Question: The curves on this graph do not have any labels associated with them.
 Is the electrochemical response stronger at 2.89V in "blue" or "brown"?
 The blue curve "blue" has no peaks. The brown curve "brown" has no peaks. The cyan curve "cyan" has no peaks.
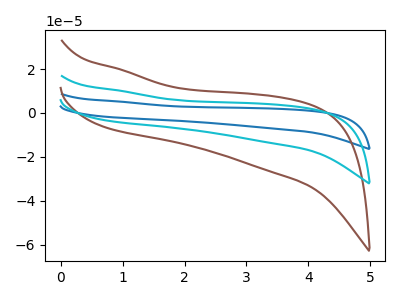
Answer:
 <answer>"blue" and "brown" dont share a peak at 2.89V.</answer>
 <eval>mismatch</eval>